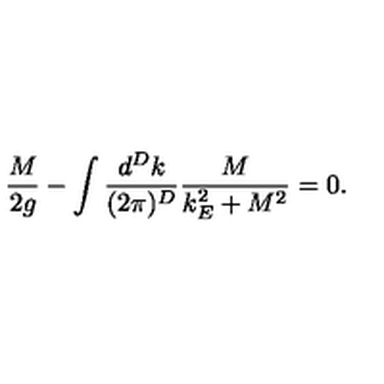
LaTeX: \frac { M } { 2 g } - \int \frac { d ^ { D } k } { ( 2 \pi ) ^ { D } } \frac { M } { k _ { E } ^ { 2 } + M ^ { 2 } } = 0 .